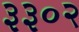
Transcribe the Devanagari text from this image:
३३०२